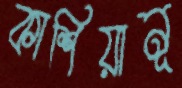
কাশিয়ানূ